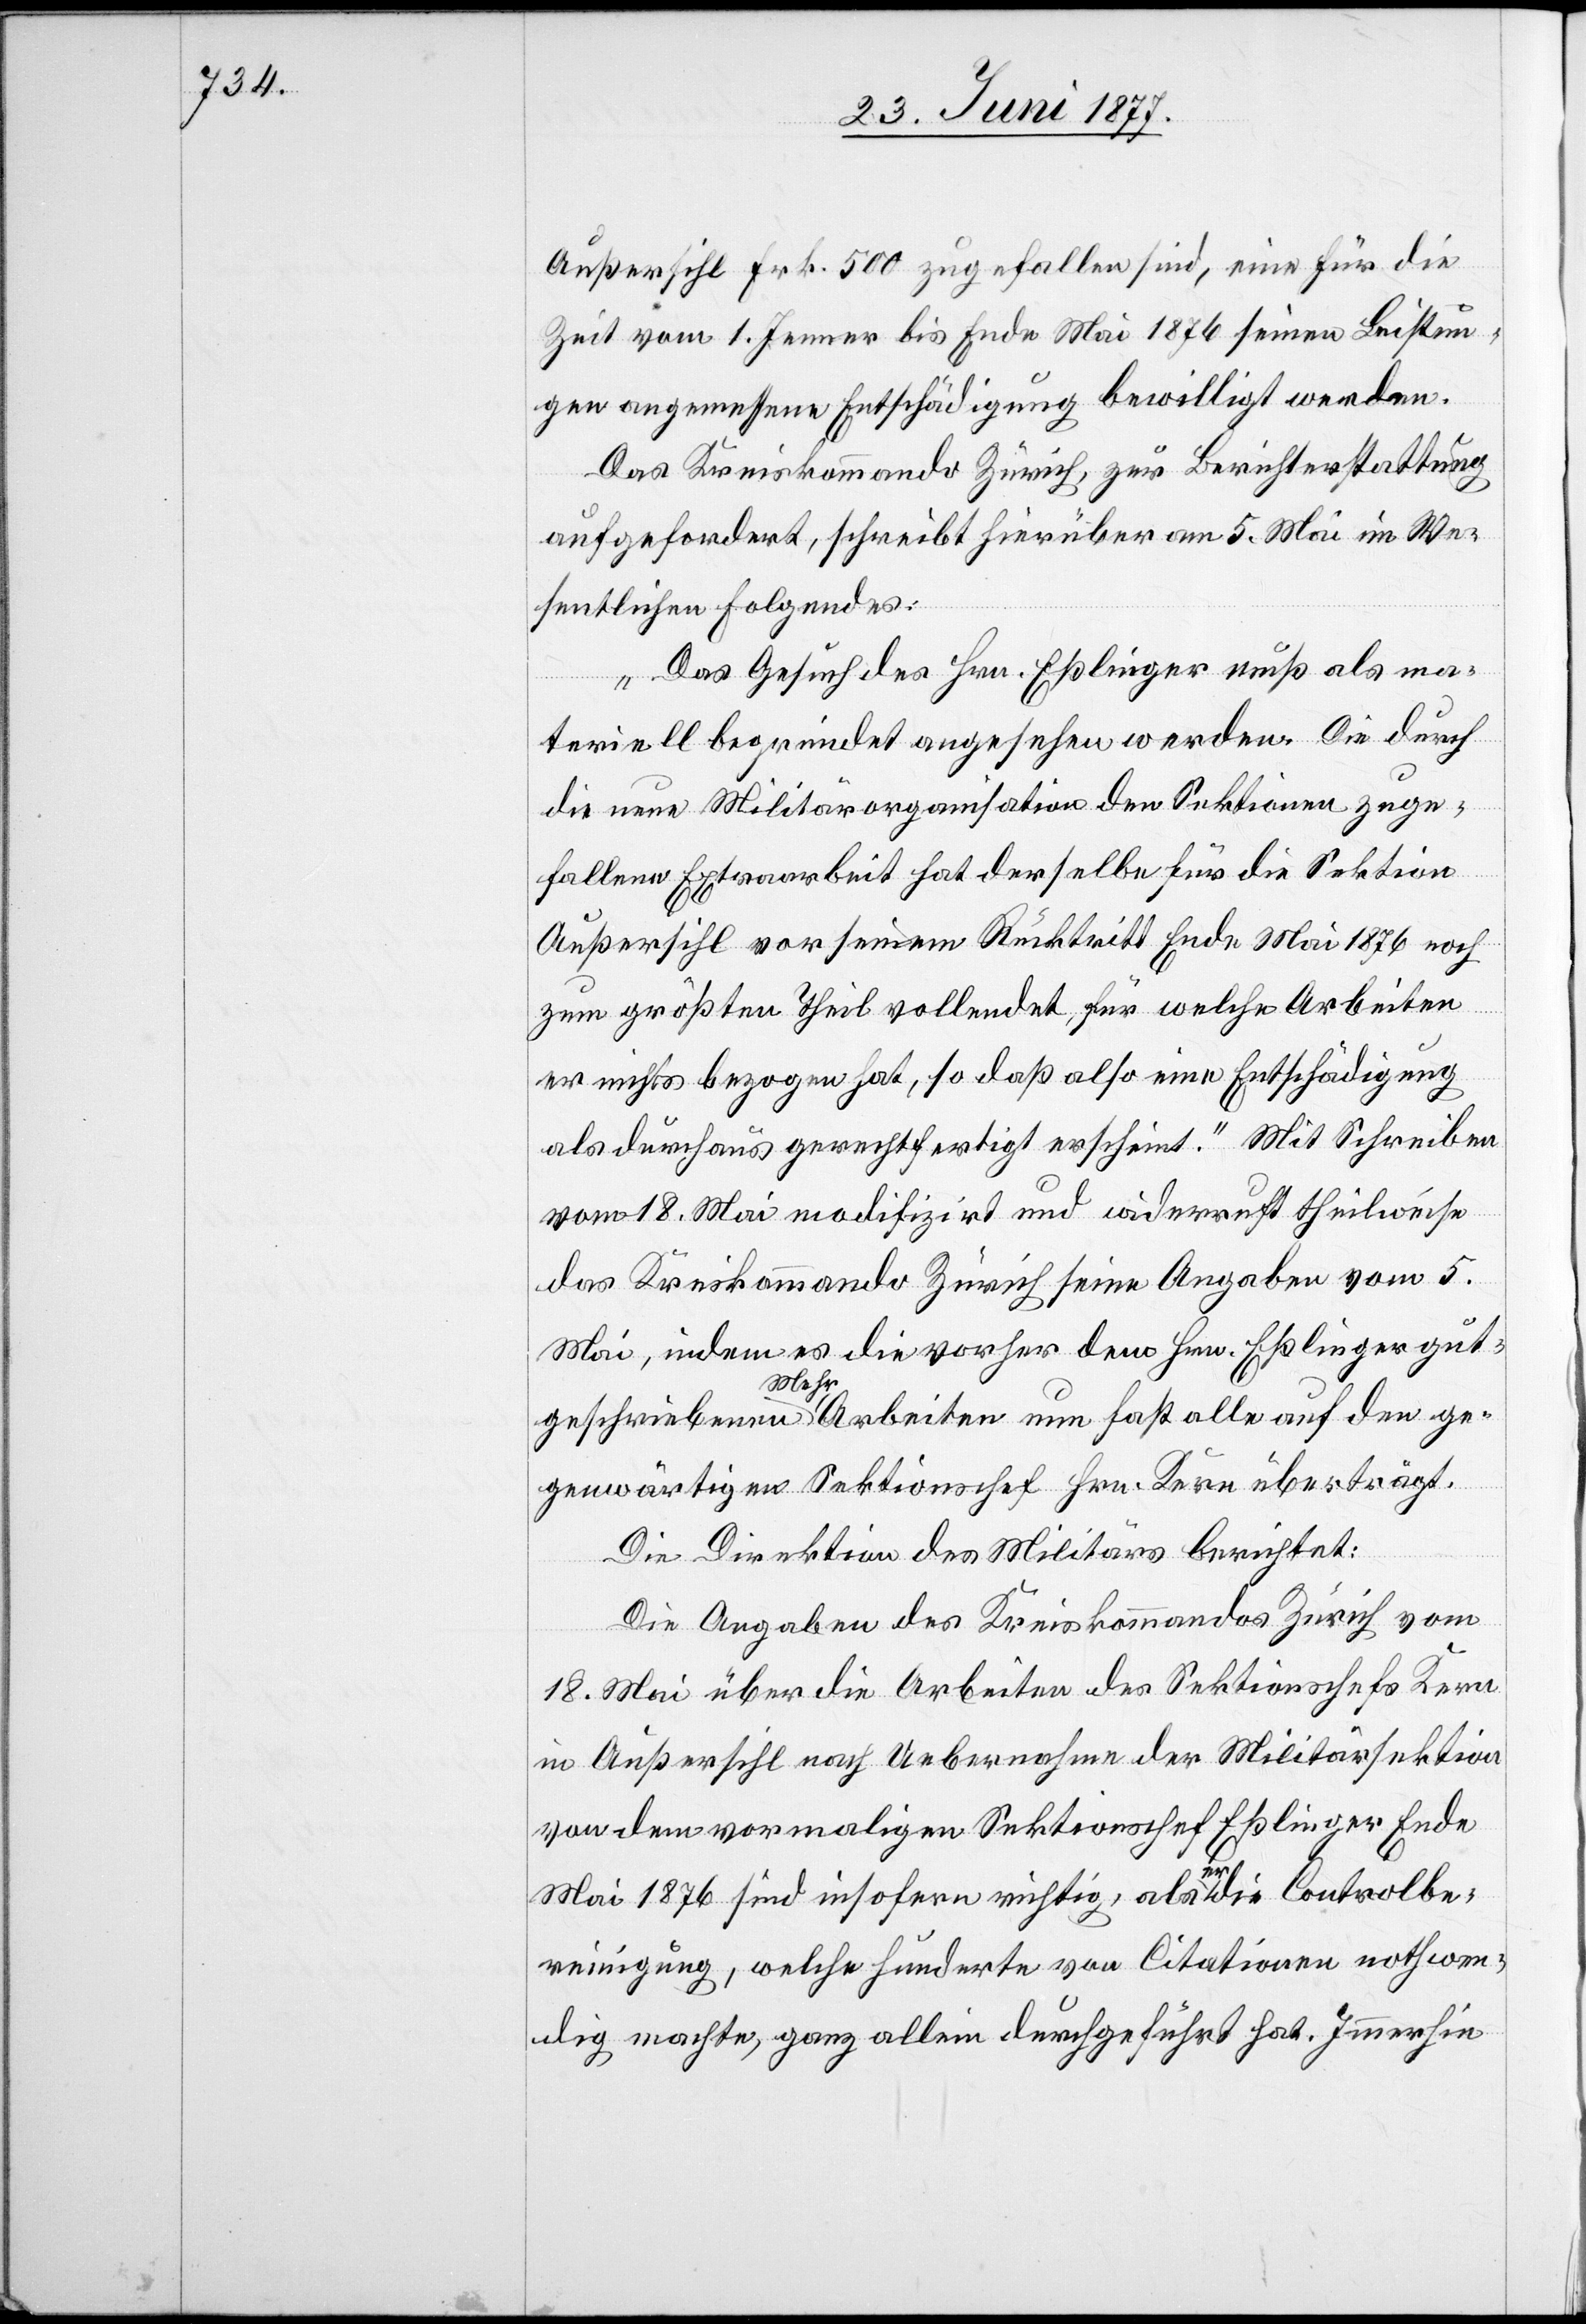
Außersihl Frk. 500 zugefallen sind, eine für die
Zeit vom 1. Jenner bis Ende Mai 1876 seinen Leistun¬
gen angemessene Entschädigung bewilligt werden.
Das Kreiskommando Zürich, zur Berichterstattung
aufgefordert, schreibt hierüber am 5. Mai im We¬
sentlichen Folgendes:
„Das Gesuch des Hrn. Eßlinger muß als ma¬
teriell begründet angesehen werden. Die durch
die neue Militärorganisation den Sektionen zuge¬
fallene Extraarbeit hat derselbe für die Sektion
Außersihl vor seinem Rücktritt Ende Mai 1876 noch
zum größten Theil vollendet, für welche Arbeiten
er nichts bezogen hat, so daß also eine Entschädigung
als durchaus gerechtfertigt erscheint.“ Mit Schreiben
vom 18. Mai modifizirt und widerruft theilweise
das Kreiskommando Zürich seine Angaben vom 5.
Mai, indem es die vorher dem Hrn. Eßlinger gut¬
geschriebenen a-Mehr--aArbeiten nun fast alle auf den ge¬
genwärtigen Sektionschef Hrn. Kern überträgt.
Die Direktion des Militärs berichtet:
Die Angabe des Kreiskommandos Zürich vom
18. Mai über die Arbeiten des Sektionschefs Kern
in Außersihl nach Uebernahme der Militärsektion
von dem vormaligen Sektionschef Eßlinger Ende
Mai 1876 sind insofern richtig, als er die Controlbe¬
reinigung, welche hunderte von Citationen nothwen¬
dig machte, ganz allein durchgeführt hat. Immerhin